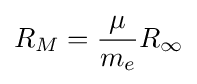
R_{M}={\frac {\mu }{m_{e}}}R_{\infty }